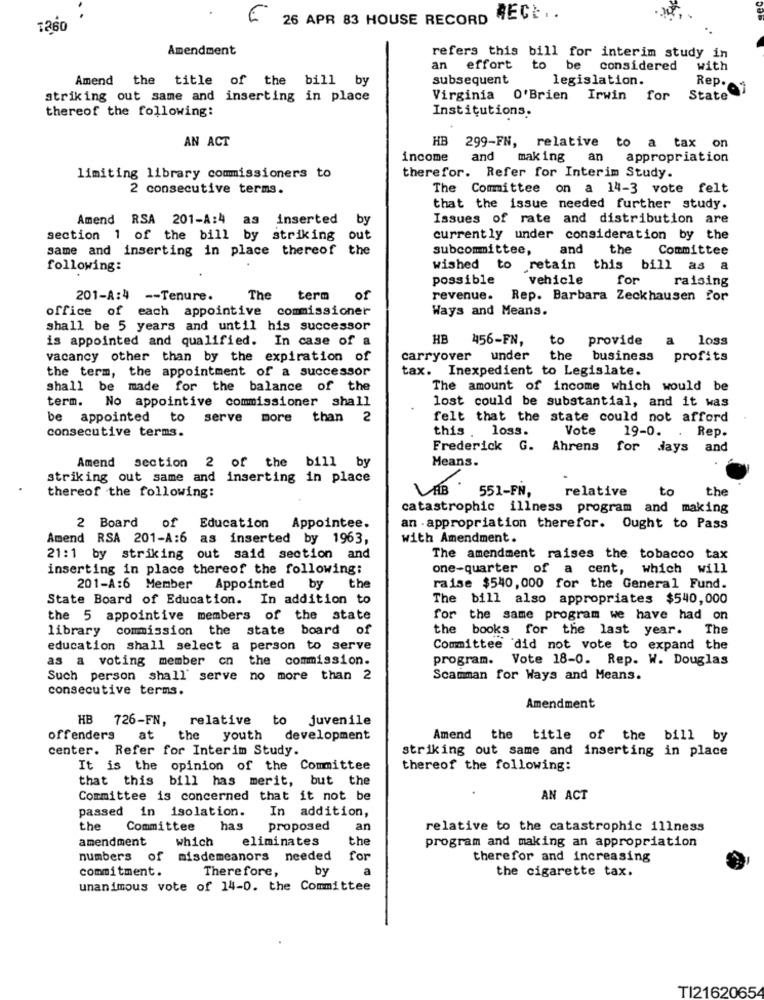
26 APR 83 HOUSE RECORD
AECI ..
1260
Amendment
refers this bill for interim study in
an effort to
be
considered
with
Amend the title of the bill by
subsequent
legislation.
Rep ...
striking out same and inserting in place
Virginia O'Brien
Irwin
for
State
thereof the following:
Institutions.
AN ACT
HB
299-FN, relative to a tax on
income
and
making an
appropriation
therefor. Refer for Interim Study.
limiting library commissioners to
2 consecutive terms.
The Committee on a 14-3 vote felt
that the issue needed further study.
Amend RSA 201-A:4 as inserted by
Issues of rate and distribution are
section 1 of the bill by striking out
currently under consideration by the
same and inserting in place thereof the
subcommittee,
and
the
Committee
following:
wished to retain
this bill as
a
possible
vehicle
for
raising
201-A:4 -- Tenure.
The term of
revenue. Rep. Barbara Zeckhausen for
office of each appointive commissioner
Ways and Means.
shall be 5 years and until his successor
is appointed and qualified. In case of a
HB 456-FN,
to
provide
a
loss
vacancy other than by the expiration of
carryover under
the
business
profits
the term, the appointment of a successor
tax. Inexpedient to Legislate.
shall be made for the balance of the
The amount of income which would be
term. No appointive commissioner shall
lost could be substantial, and it was
be appointed to serve more than 2
felt that the state could not afford
this . loss.
Vote
19-0.
. Rep.
consecutive terms.
Frederick G. Ahrens
for days and
Amend section 2 of the bill by
Means.
striking out same and inserting in place
LAB
551-FN,
relative
to
the
thereof the following:
catastrophic illness program and making
2 Board
of Education Appointee.
an appropriation therefor. Ought to Pass
Amend RSA 201-A:6 as inserted by 1963,
with Amendment.
21:1 by striking out said section and
The amendment raises the tobacco tax
inserting in place thereof the following:
one-quarter of a cent,
which will
201-A:6 Member
Appointed
by
the
raise $540, 000 for the General Fund.
State Board of Education. In addition to
The bill also appropriates $540,000
the 5 appointive members of the state
for the same program we have had on
library commission the state board of
the books for the last year.
The
education shall select a person to serve
Committee did not vote to expand the
as a voting member on the commission.
program. V
Vote 18-0. Rep. W. Douglas
Such person shall serve no more than 2
Scamman for Ways and Means.
consecutive terms.
Amendment
HB 726-FN,
relative to juvenile
offenders
at
the youth
development
Amend the title of the bill by
center. Refer for Interim Study.
striking out same and inserting in place
It is the opinion of the Committee
thereof the following:
that this bill has merit, but the
Committee is concerned that it not be
AN ACT
passed in isolation.
In addition,
the
Committee
has
proposed
an
relative to the catastrophic illness
amendment
which
eliminates
the
program and making an appropriation
numbers of misdemeanors needed
for
therefor and increasing
commitment.
Therefore,
by
a
the cigarette tax.
unanimous vote of 14-0. the Committee
TI21620654